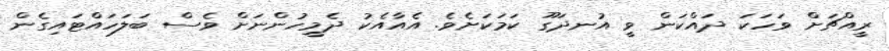
ރީއްޗަށް ވަހަކަ ދައްކަން ވީ އުނދަގޫ ކަމަކަށެވެ. އެއާއެކު ދެމީހުންނަށް ވެސް ބަލަހައްޓައިގެން